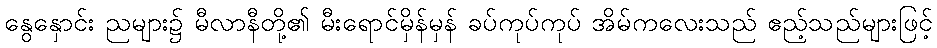
နွေနှောင်း ညများ၌ မီလာနီတို့၏ မီးရောင်မှိန်မှန် ခပ်ကုပ်ကုပ် အိမ်ကလေးသည် ဧည့်သည်များဖြင့်